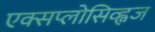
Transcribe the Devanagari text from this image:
एक्सप्लोसिव्ह्वज